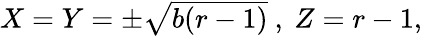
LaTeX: \begin{array}{r}{X=Y=\pm\sqrt{b(r-1)}\ ,\ Z=r-1,}\end{array}